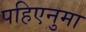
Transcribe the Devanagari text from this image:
पहिएनुमा